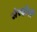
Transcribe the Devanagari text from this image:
सेरदीनी